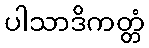
ပါသာဒိကတ္တံ